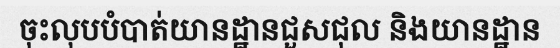
ចុះលុបបំបាត់យានដ្ឋានជួសជុល និងយានដ្ឋាន